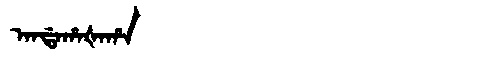
Manchu: ᠠᠨᡩᠠᡥᠠᡧᠠᡥᠠ
Romanization: ANDAHAŠAHA